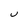
Character: U